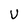
Character: V